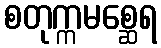
စတုက္ကမစ္ဆေရ